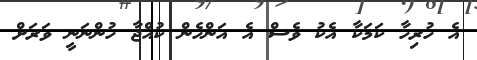
އެ ހުރިހާ ކަމަކާ އެކު ވެސް އެ އަންހެން ކުއްޖާ ހުންނަނީ ވަރަށް